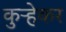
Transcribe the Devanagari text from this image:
कुऱ्हेकर